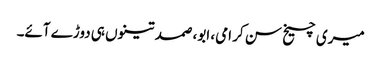
میری چیخ سن کر امی، ابو، صمد تینوں ہی دوڑے آئے۔